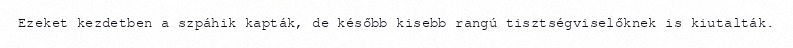
Ezeket kezdetben a szpáhik kapták, de később kisebb rangú tisztségviselőknek is kiutalták.